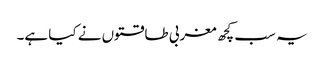
یہ سب کچھ مغربی طاقتوں نے کیا ہے۔